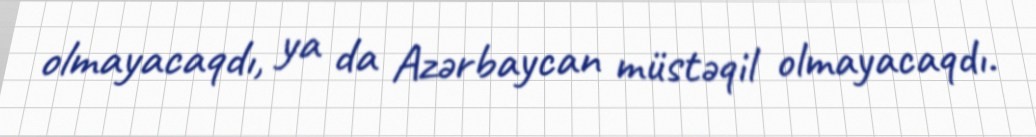
olmayacaqdı, ya da Azərbaycan müstəqil olmayacaqdı.